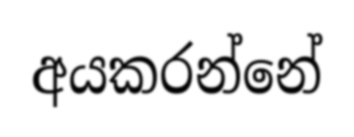
අයකරන්නේ